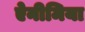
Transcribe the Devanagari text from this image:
ऐनीमिया